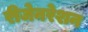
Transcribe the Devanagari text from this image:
रीजेनरेशन